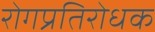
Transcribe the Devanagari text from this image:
रोगप्रतिरोधक